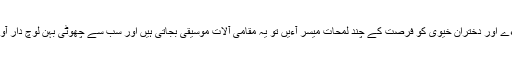
جب رش ذرا تھم جاءے اور دختران خیوی کو فرصت کے چند لمحات میسر آءیں تو یہ مقامی آلات موسیقی بجاتی ہیں اور سب سے چھوٹی بہن لوچ دار آواز میں گانا گاتی ہے۔